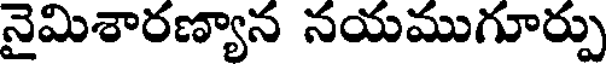
నైమిశారణ్యాన నయముగూర్పు